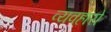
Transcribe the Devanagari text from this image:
व्यवहारो